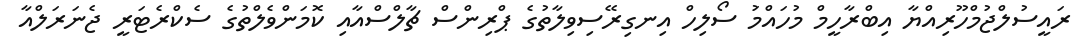
ރައީސުލްޖުމްހޫރިއްޔާ އިބްރާހީމް މުހައްމަު ސޯލިހް އިނގިރޭސިވިލާތުގެ ޕްރިންސް ޗާލްސްއާއި ކޮމަންވެލްތުގެ ސެކްރެޓަރީ ޖެނަރަލްއާ